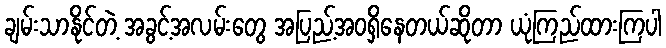
ချမ်းသာနိုင်တဲ့ အခွင့်အလမ်းတွေ အပြည့်အဝရှိနေတယ်ဆိုတာ ယုံကြည်ထားကြပါ